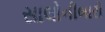
સાલોનીબારી